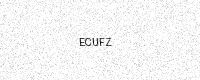
Text: ECUFZ